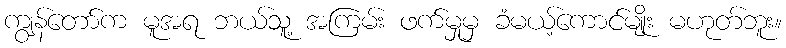
ကျွန်တော်က မူအရ ဘယ်သူ့ အကြမ်း ဖက်မှုမှ ခံမယ့်ကောင်မျိုး မဟုတ်ဘူး။